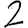
Digit: 2